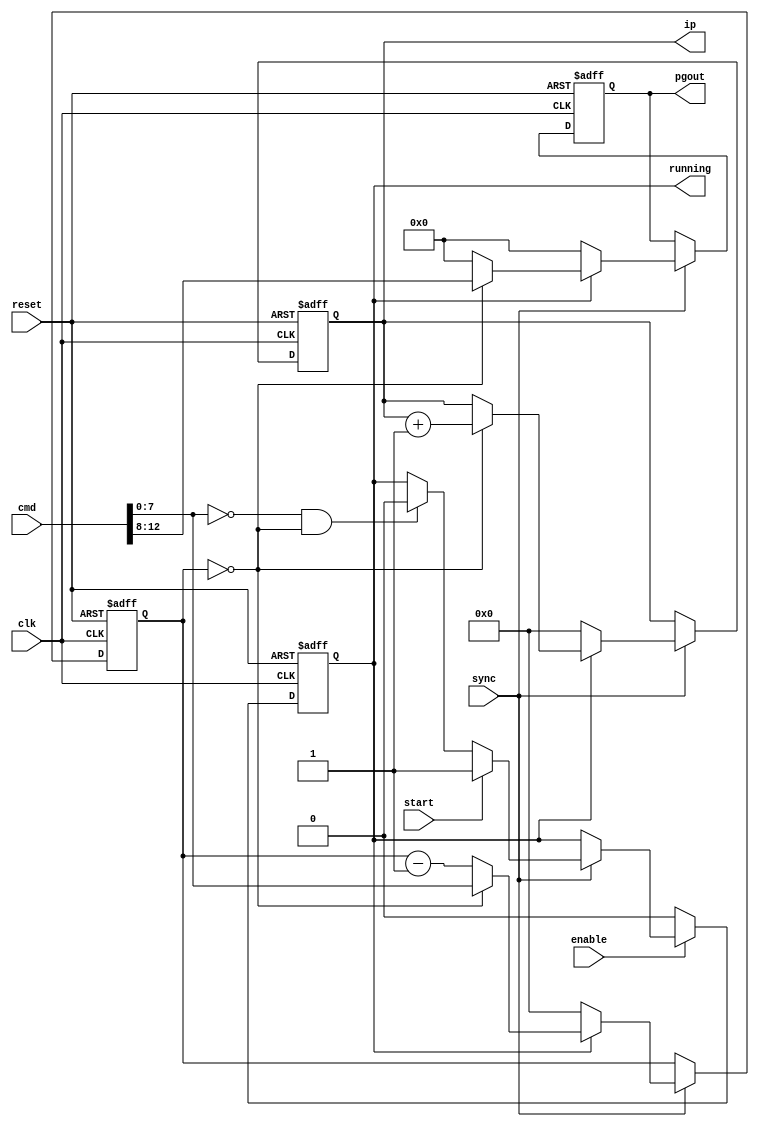
module pg_sequencer_2
(
  input clk,
  input sync,
  input reset,
	input enable,
  input start,
  output reg running,
  output reg [4:0]pgout,
  output reg [7:0]ip,  
  input [15:0]cmd
);
  wire [4:0]cmd_sig = cmd[12:8];
  wire [7:0]cmd_del = cmd[7:0];
  wire stop = cmd_del == 0;   
  reg [7:0]delay;   
  wire next = delay == 0;
  always @(posedge clk or posedge reset)
  begin
    if (reset) running <= 0;
    else if (enable)
    begin
    	if (sync)
    	begin
    	  if (start)             running <= 1;
    	  else if (stop && next) running <= 0;
    	end
    end
    else running <= 0;
  end
  always @(posedge clk or posedge reset)
  begin
    if (reset) ip <= 0;
    else if (sync)
    begin
      if (!running)  ip <= 0;
      else if (next) ip <= ip + 1;
    end
  end
  always @(posedge clk or posedge reset)
  begin
    if (reset)
    begin
      delay <= 0;
      pgout <= 0;
    end
    else if (sync)
    begin
      if (!running)
      begin
        delay <= 0;
        pgout <= 0;
      end
      else if (next)
      begin
        delay <= cmd_del;
        pgout <= cmd_sig;
      end
      else
      begin
        delay <= delay - 1;
        pgout <= 4'b0000;
      end
    end
  end
endmodule